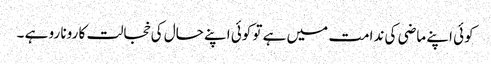
کوئی اپنے ماضی کی ندامت میں ہے تو کوئی اپنے حال کی خجالت کا رونا رو ہے ۔